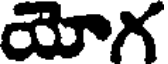
యోగ